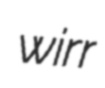
wirr